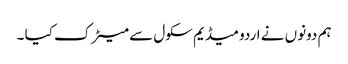
ہم دونوں نے اردو میڈیم سکول سے میٹرک کیا ۔